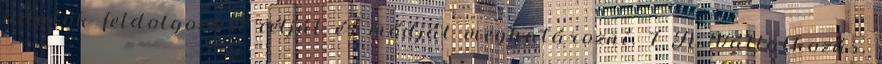
adatok feldolgozási célját és módját meghatározni. 7 A Vállalkozás,